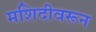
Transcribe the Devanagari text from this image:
मशिदीवरून